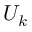
U _ { k }